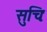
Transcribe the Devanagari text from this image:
सुचिः